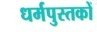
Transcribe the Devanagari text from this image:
धर्मपुस्तकों